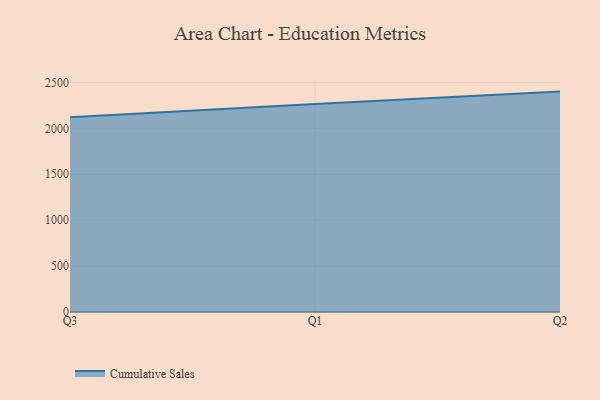
{"axis": {"x": "Quarter", "y": "Revenue (USD Million)"}, "legend": ["Cumulative Sales"], "data": [{"x": "Q3", "y": 2120.3, "type": "Cumulative Sales"}, {"x": "Q1", "y": 2266.7, "type": "Cumulative Sales"}, {"x": "Q2", "y": 2400.7, "type": "Cumulative Sales"}]}